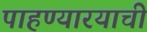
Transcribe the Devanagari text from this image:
पाहण्यारयाची